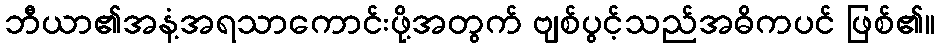
ဘီယာ၏အနံ့အရသာကောင်းဖို့အတွက် ဗျစ်ပွင့်သည်အဓိကပင် ဖြစ်၏။